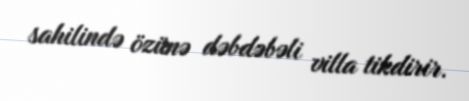
sahilində özünə dəbdəbəli villa tikdirir.